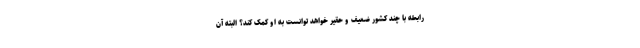
رابطه با چند کشور ضعیف و حقیر خواهد توانست به او کمک کند؟ البتّه آن